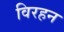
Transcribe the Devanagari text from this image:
विरहन